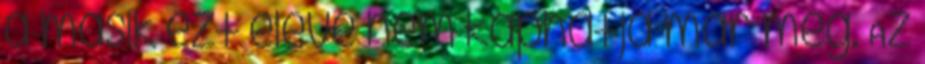
a másik ezt eleve nem kaphatja már meg. Az